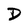
Character: D